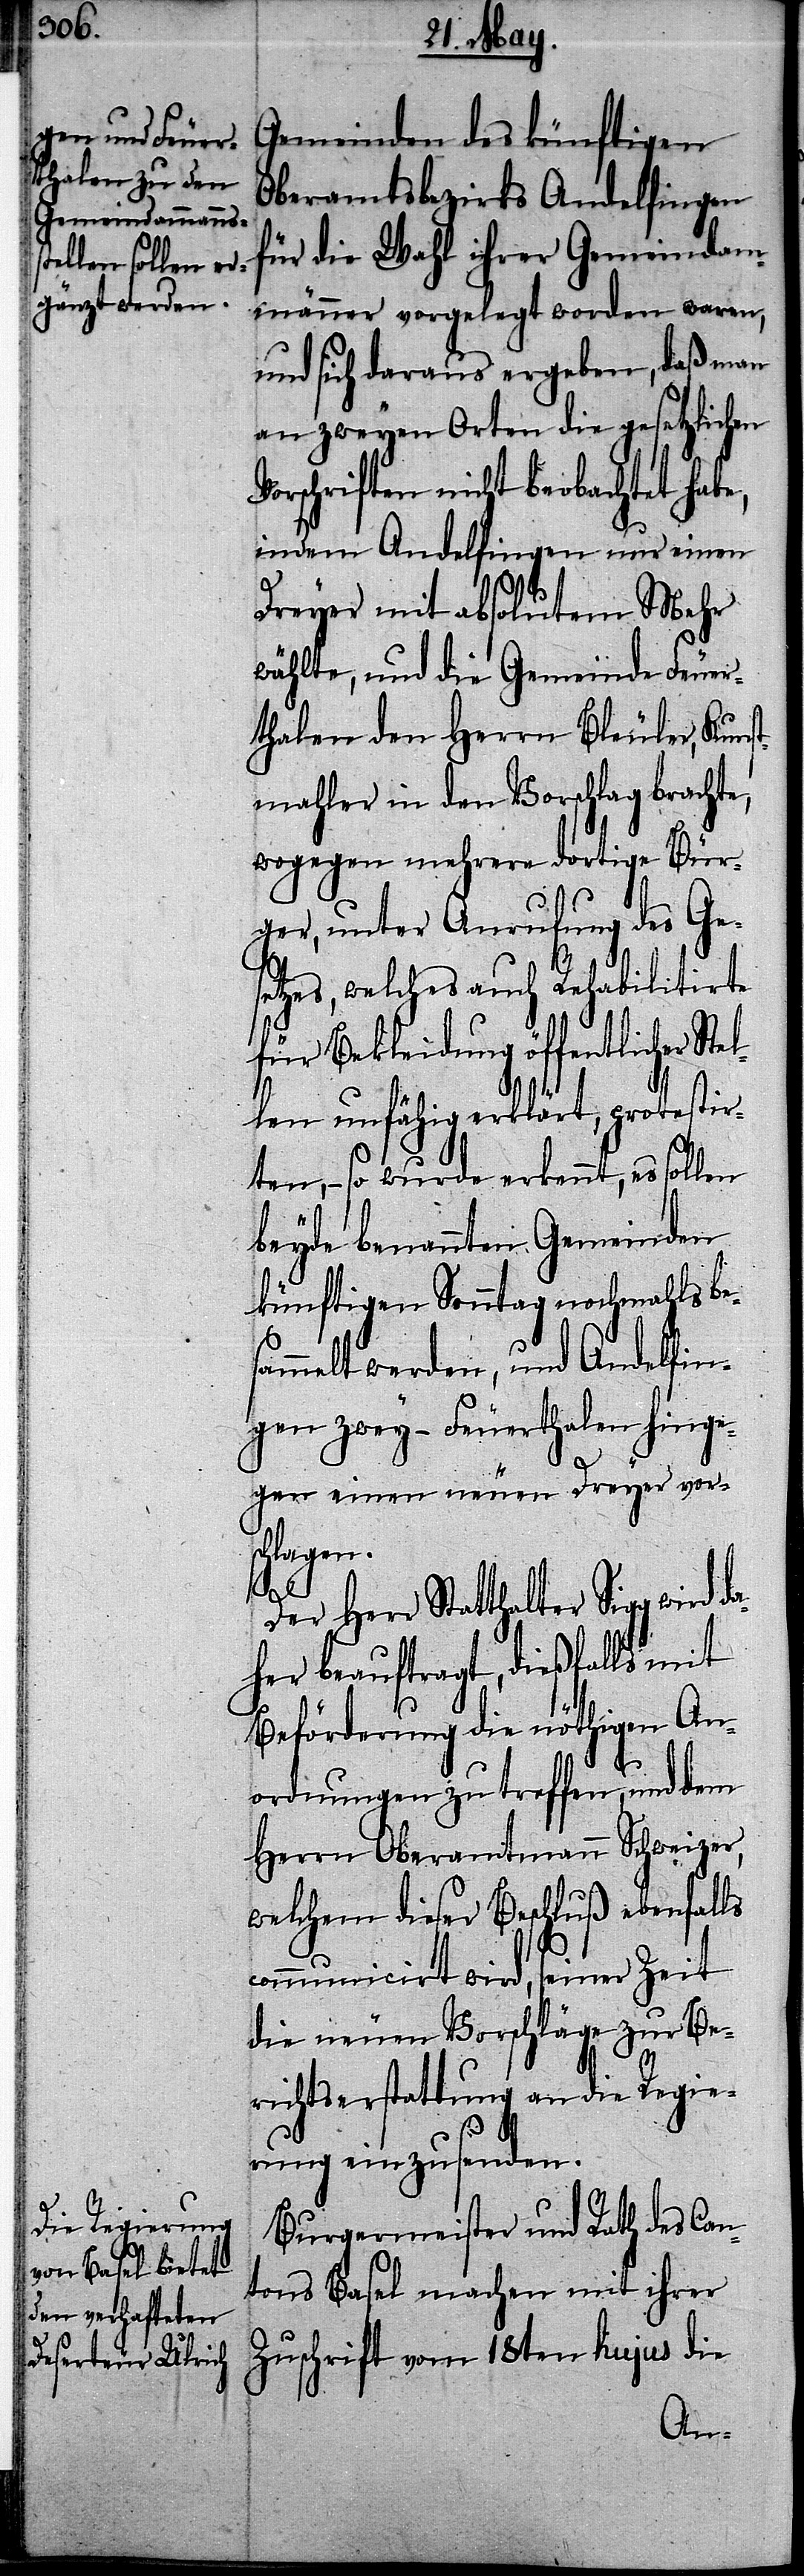
Gemeinden des künftigen
Oberamtsbezirks Andelfingen
für die Wahl ihrer Gemeindam¬
männer vorgelegt worden waren,
und sich daraus ergeben, daß man
an zweyen Orten die gesetzlichen
orschriften nicht beobachtet hab¬
indem Andelfingen uns einen
Dreyer mit absolutem Mehr
wählte, und die Gemeinde Feuer¬
thalen den Herrn Bleuler, Kuns¬
tmahler in den Vorschlag brachte,
wogegen mehrere dortige Bür¬
ger, unter Anrufung des Ges¬
etzes, welches auch Rehabilitierte
für Bekleidung öffentlicher Ste¬
llen unfähig erklärt, protestir¬
ten, – so wurde erkennt, es sollen
beyde benannten Gemeinden
künftigen Sonntag nochmahls be¬
ammelt werden, und Andelfin¬
gen zwey – Feuerthalen hinge¬
gen einen neuen Dreyer vor¬
schlagen.
da¬
Der Herr Statthalter Sigg wird
her beauftragt, dießfalls mit
Beförderung die nöthigen An¬
ordnungen zu treffen, und dem
Herrn Oberamtmann Schweizer,
welchem dieser Beschluß ebenfalls
communicirt wird, seiner Zeit
die neuen Vorschläge zur Be¬
richtserstattung an die Regie¬
rung einzusenden.
Burgermeister und Rath des Can¬
tons Basel machen mit ihrer
Zuschrift vom 18ten hujus die